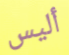
أليس